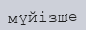
мүйізше